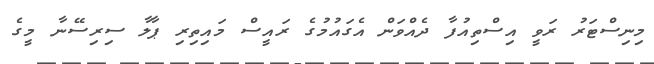
މިނިސްޓަރު ރަވީ އިސްތިއުފާ ދެއްވަން އެގައުމުގެ ރައީސް މައިތިރި ޕާލާ ސިރިސޭނާ މީގެ